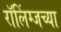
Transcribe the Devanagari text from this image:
रॉलिंग्जच्या